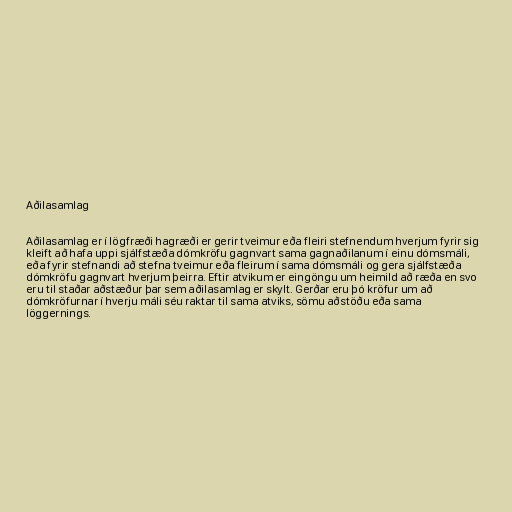
Aðilasamlag

Aðilasamlag er í lögfræði hagræði er gerir tveimur eða fleiri stefnendum hverjum fyrir sig
kleift að hafa uppi sjálfstæða dómkröfu gagnvart sama gagnaðilanum í einu dómsmáli,
eða fyrir stefnandi að stefna tveimur eða fleirum í sama dómsmáli og gera sjálfstæða
dómkröfu gagnvart hverjum þeirra. Eftir atvikum er eingöngu um heimild að ræða en svo
eru til staðar aðstæður þar sem aðilasamlag er skylt. Gerðar eru þó kröfur um að
dómkröfurnar í hverju máli séu raktar til sama atviks, sömu aðstöðu eða sama
löggernings.